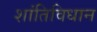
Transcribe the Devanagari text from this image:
शांतिविधान